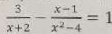
\frac { 3 } { x + 2 } - \frac { x - 1 } { x ^ { 2 } - 4 } = 1